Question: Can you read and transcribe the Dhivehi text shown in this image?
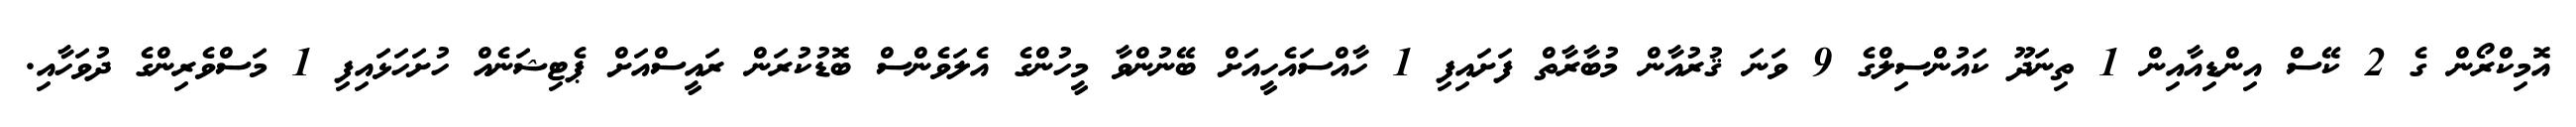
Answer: އޮމިކްރޯން ގެ 2 ކޭސް އިންޑިއާއިން 1 ތިނަދޫ ކައުންސިލްގެ 9 ވަނަ ޤުރުއާން މުބާރާތް ފަށައިފި 1 ހާއްސައެހީއަށް ބޭނުންވާ މީހުންގެ އެލަވެންސް ބޮޑުކުރަން ރައީސްއަށް ޕެޓިޝަނެއް ހުށަހަޅައިފި 1 މަސްވެރިންގެ ދުވަހާއި.